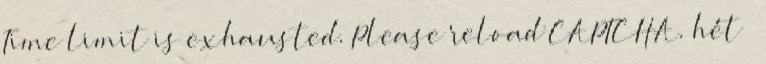
Time limit is exhausted. Please reload CAPTCHA. hét −